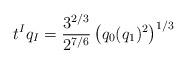
LaTeX: \begin{align*}t^Iq_I= {3^{2/3}\over 2^{7/6}} \left (q_0 (q_1) ^2 \right )^{1/3}\end{align*}